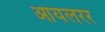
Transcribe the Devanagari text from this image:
आयलरर